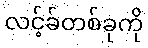
လင့်ခ်တစ်ခုကို